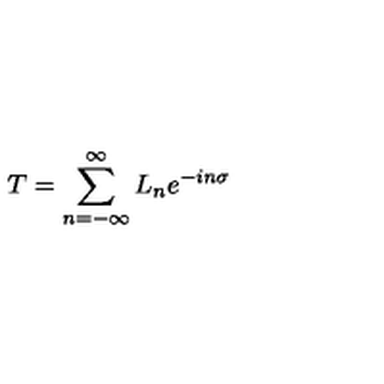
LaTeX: T = \sum _ { n = - \infty } ^ { \infty } L _ { n } e ^ { - i n \sigma }